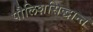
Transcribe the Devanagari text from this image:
पौलिशसिद्धान्त